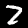
Digit: 2